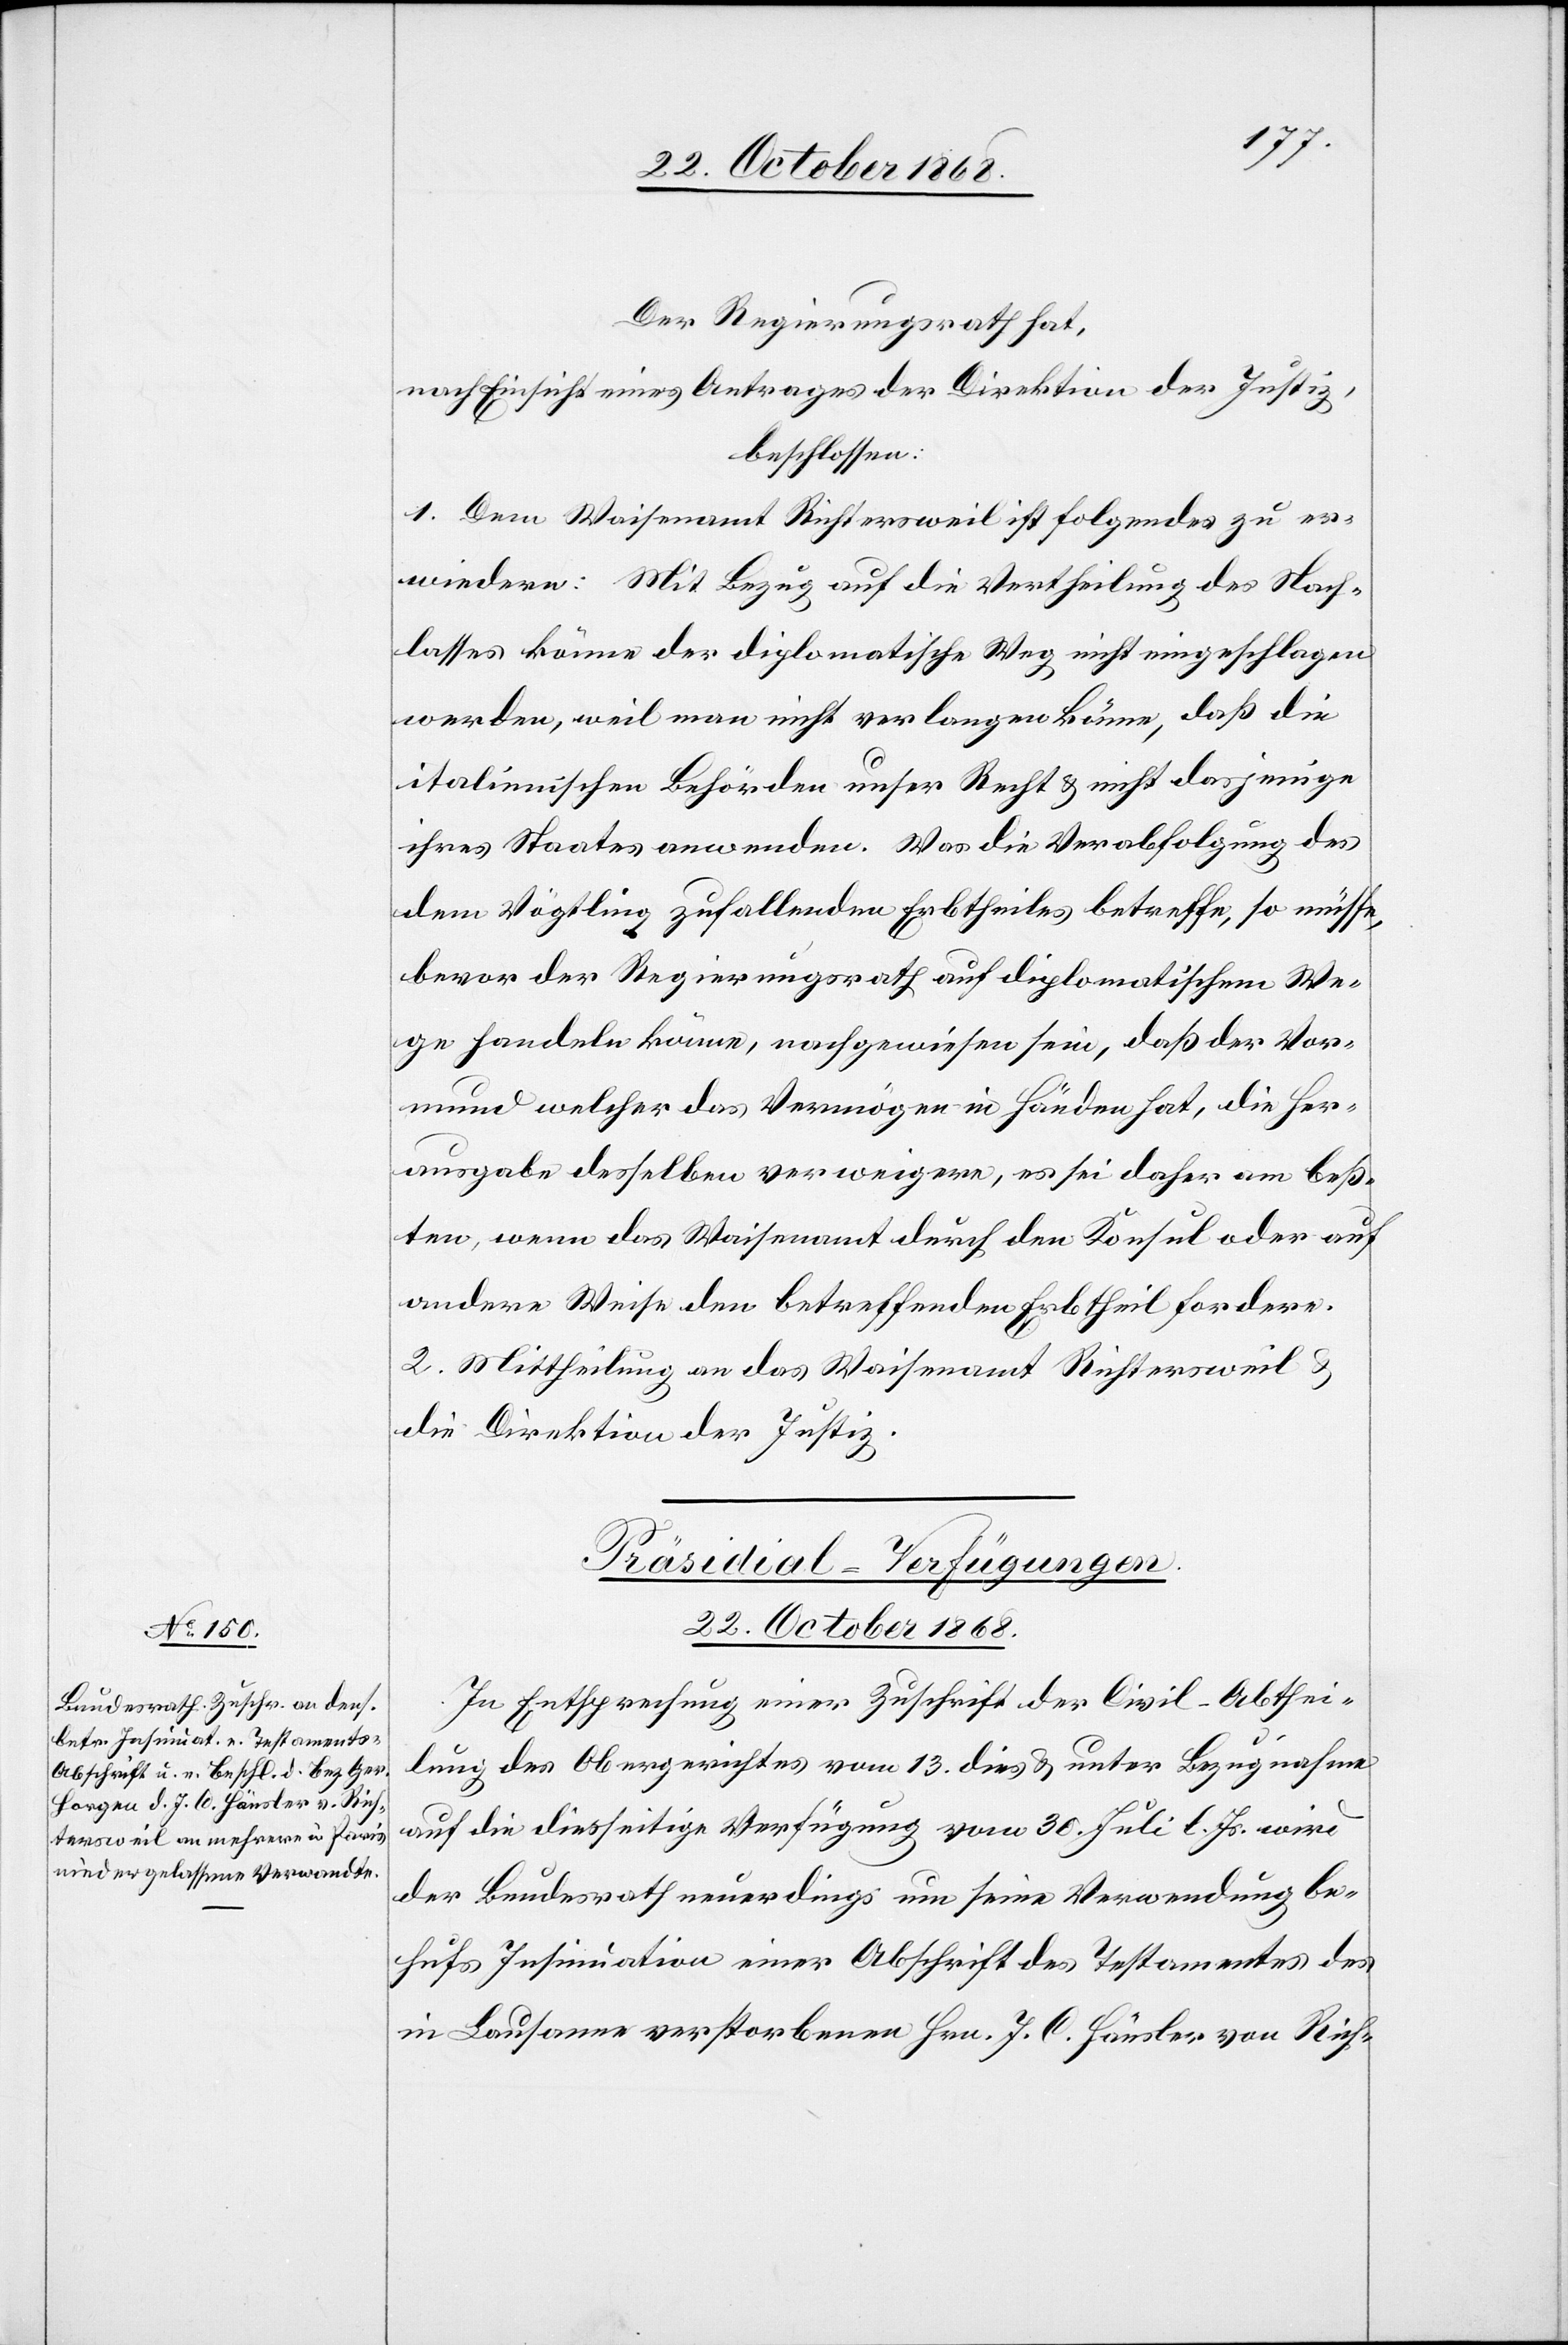
22. October 1868.
Der Regierungsrath hat,
nach Einsicht eines Antrages der Direktion der Justiz,
beschlossen:
1. Dem Waisenamt Richtersweil ist folgendes zu er¬
wiedern: Mit Bezug auf die Vertheilung des Nach¬
lasses könne der diplomatische Weg nicht eingeschlagen
werden, weil man nicht verlangen könne, daß die
italienischen Behörden unser Recht & nicht dasjenige
ihres Staates anwenden. Was die Verabfolgung des
dem Vögtling zufallenden Erbtheiles betreffe, so müsse,
bevor der Regierungsrath auf diplomatischem We¬
ge handeln könne, nachgewiesen sein, daß der Vor¬
mund welcher das Vermögen in Händen hat, die Her¬
ausgabe desselben verweigere, es sei daher am beß¬
ten, wenn das Waisenamt durch den Konsul oder auf
andere Weise den betreffenden Erbtheil fordere.
2. Mittheilung an das Waisenamt Richtersweil &
die Direktion der Justiz.
Präsidial-Verfügungen.
In Entsprechung einer Zuschrift der Civil-Abthei¬
lung des Obergerichtes vom 13. dies & unter Bezugnahme
auf die diesseitige Verfügung vom 30. Juli l. Js. wird
der Bundesrath neuerdings um seine Verwendung be¬
hufs Insinuation einer Abschrift des Testamentes des
in Lausanne verstorbenen Hrn. J. C. Hänsler von Rich-